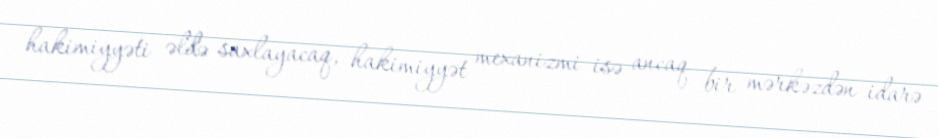
hakimiyyəti əldə saxlayacaq, hakimiyyət mexanizmi isə ancaq bir mərkəzdən idarə